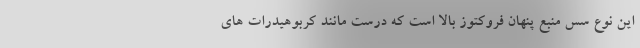
این نوع سس منبع پنهان فروکتوز بالا است که درست مانند کربوهیدرات های